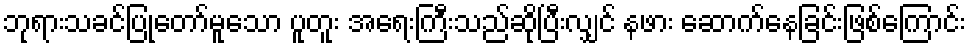
ဘုရားသခင်ပြုတော်မူသော ပူတူး အရေးကြီးသည်ဆိုပြီးလျှင် နဖား ဆောက်နေခြင်းဖြစ်ကြောင်း